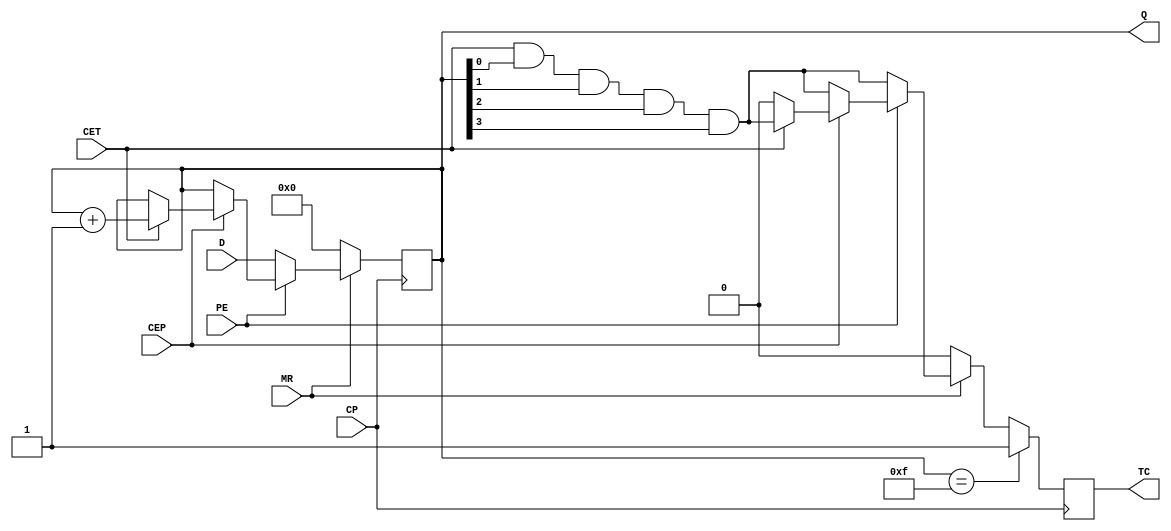
// 5932_74HC161.v
module HC161(MR,CP,CEP,CET,PE,D,Q,TC);
input MR,CP,CEP,CET,PE;input[0:3]D;
output[0:3]Q;output TC;
reg [0:3]QAUX;reg TC;

always@(posedge CP)
 begin
  if(!MR)
   begin QAUX<=0;TC=0;end
  else if(!PE)
   begin QAUX<=D;TC=CET&Q[3]&Q[2]&Q[1]&Q[0];end
  else if(!CEP)
   begin QAUX<=QAUX;TC=CET&Q[3]&Q[2]&Q[1]&Q[0];end
  else if(!CET)
   begin QAUX<=QAUX;TC=0;end
  else begin QAUX<=QAUX+1;TC=CET&Q[3]&Q[2]&Q[1]&Q[0];end
  if(QAUX==4'b1111)TC=1'b1;
 end
assign Q=QAUX;
endmodule